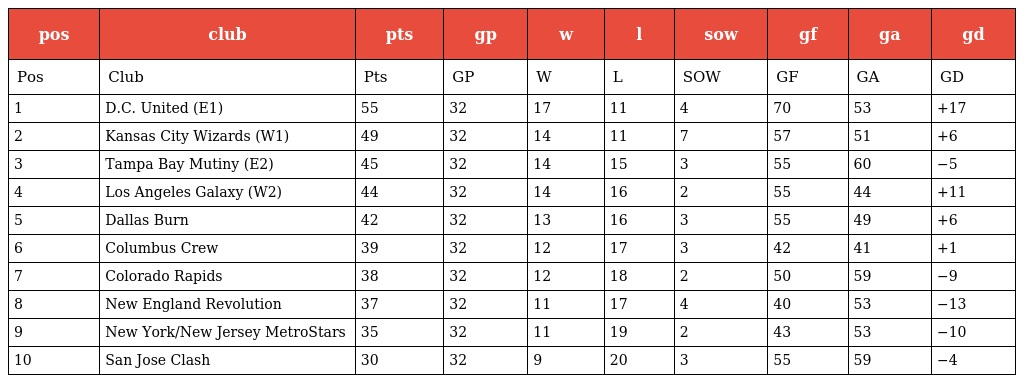
| pos | club | pts | gp | w | l | sow | gf | ga | gd |
 | --- | --- | --- | --- | --- | --- | --- | --- | --- | --- |
 | Pos | Club | Pts | GP | W | L | SOW | GF | GA | GD |
 | 1 | D.C. United (E1) | 55 | 32 | 17 | 11 | 4 | 70 | 53 | +17 |
 | 2 | Kansas City Wizards (W1) | 49 | 32 | 14 | 11 | 7 | 57 | 51 | +6 |
 | 3 | Tampa Bay Mutiny (E2) | 45 | 32 | 14 | 15 | 3 | 55 | 60 | −5 |
 | 4 | Los Angeles Galaxy (W2) | 44 | 32 | 14 | 16 | 2 | 55 | 44 | +11 |
 | 5 | Dallas Burn | 42 | 32 | 13 | 16 | 3 | 55 | 49 | +6 |
 | 6 | Columbus Crew | 39 | 32 | 12 | 17 | 3 | 42 | 41 | +1 |
 | 7 | Colorado Rapids | 38 | 32 | 12 | 18 | 2 | 50 | 59 | −9 |
 | 8 | New England Revolution | 37 | 32 | 11 | 17 | 4 | 40 | 53 | −13 |
 | 9 | New York/New Jersey MetroStars | 35 | 32 | 11 | 19 | 2 | 43 | 53 | −10 |
 | 10 | San Jose Clash | 30 | 32 | 9 | 20 | 3 | 55 | 59 | −4 |